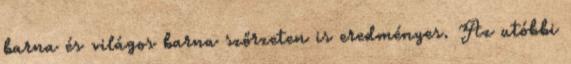
barna és világos barna szőrzeten is eredményes. Az utóbbi